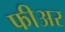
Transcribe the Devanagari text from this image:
फीअर